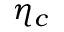
\eta _ { c }